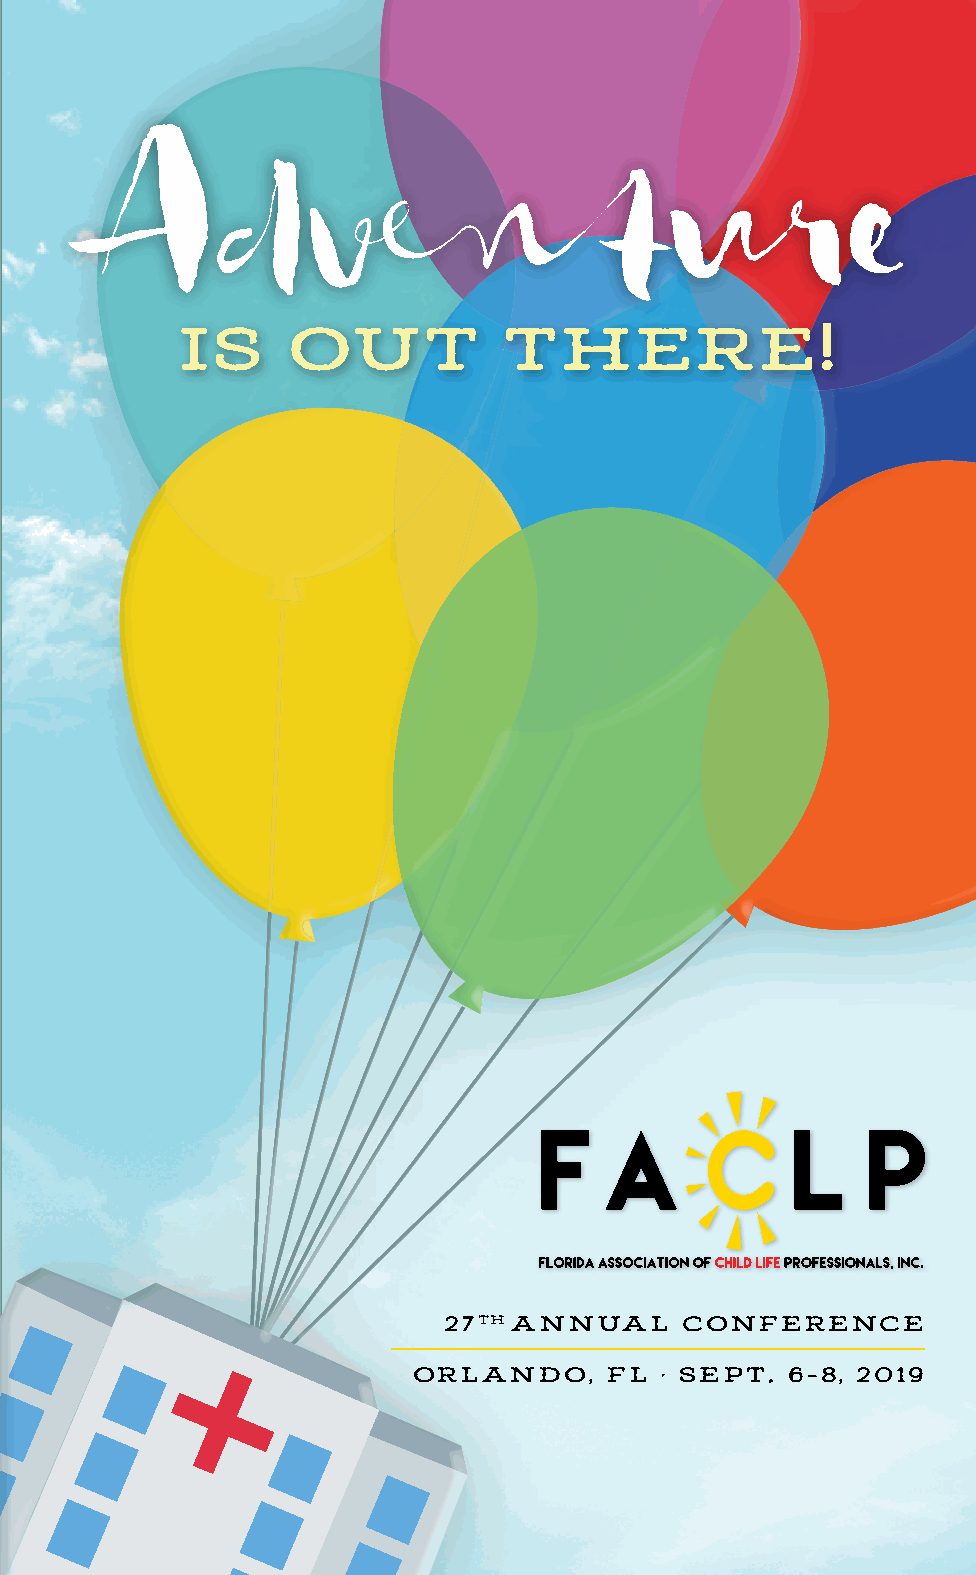
A
 dventure
 IS     OUT           THERE!
 27TH ANNUAL     CONFERENCE
 ORLANDO,     FL  • SEPT. 6-8, 2019